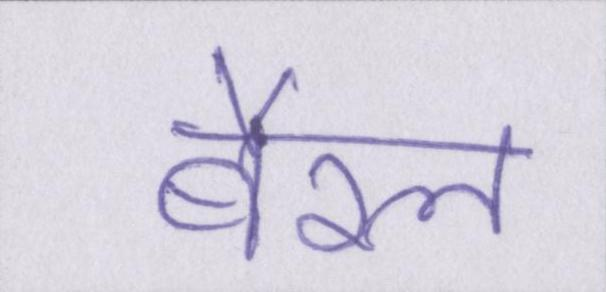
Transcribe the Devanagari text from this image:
बैरल